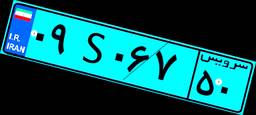
۵۶S۵۳۴۰۳